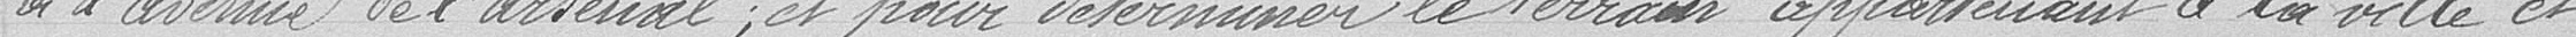
à l'avenue de l'Arsenal; et pour déterminer le terrain appartenant à la ville et